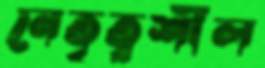
নেতৃত্বশীল